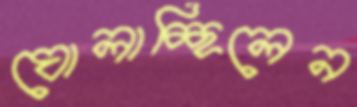
ঘোলাচ্ছিলেন